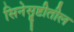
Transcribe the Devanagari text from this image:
सिनेसॄष्टीतील